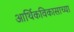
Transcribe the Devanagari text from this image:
आर्थिकविकासाच्या